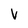
Character: v